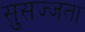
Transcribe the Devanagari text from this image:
सुसज्जता